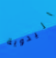
اليدوية